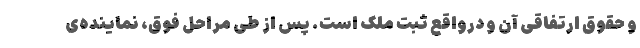
و حقوق ارتفاقی آن و درواقع ثبت ملک است. پس از طی مراحل فوق، نماینده‌ی